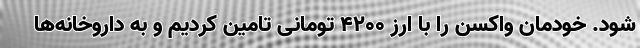
شود. خودمان واکسن را با ارز ۴۲۰۰ تومانی تامین کردیم و به داروخانه‌ها